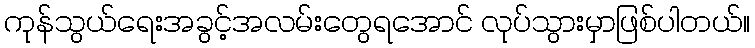
ကုန်သွယ်ရေးအခွင့်အလမ်းတွေရအောင် လုပ်သွားမှာဖြစ်ပါတယ်။